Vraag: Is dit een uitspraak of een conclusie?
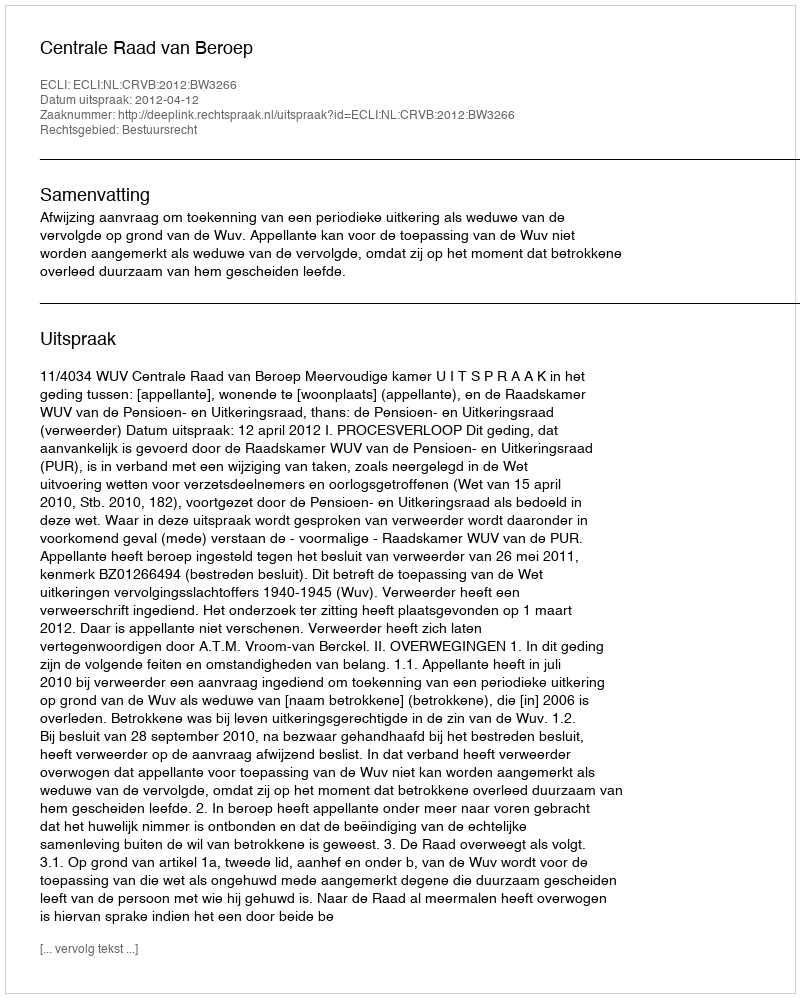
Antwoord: Uitspraak